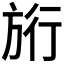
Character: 𭤷